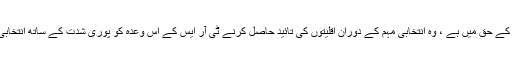
کانگریس پا رٹی جو 12 فیصد تحفظات کے حق میں ہے ، وہ انتخابی مہم کے دوران اقلیتوں کی تائید حاصل کرنے ٹی آر ایس کے اس وعدہ کو پوری شدت کے ساتھ انتخابی موضوع بنانے کا فیصلہ کرچکی ہے ۔